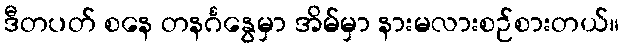
ဒီတပတ် စနေ တနင်္ဂနွေမှာ အိမ်မှာ နားမလားစဉ်စားတယ်။